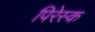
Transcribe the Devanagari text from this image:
पिरेस्क